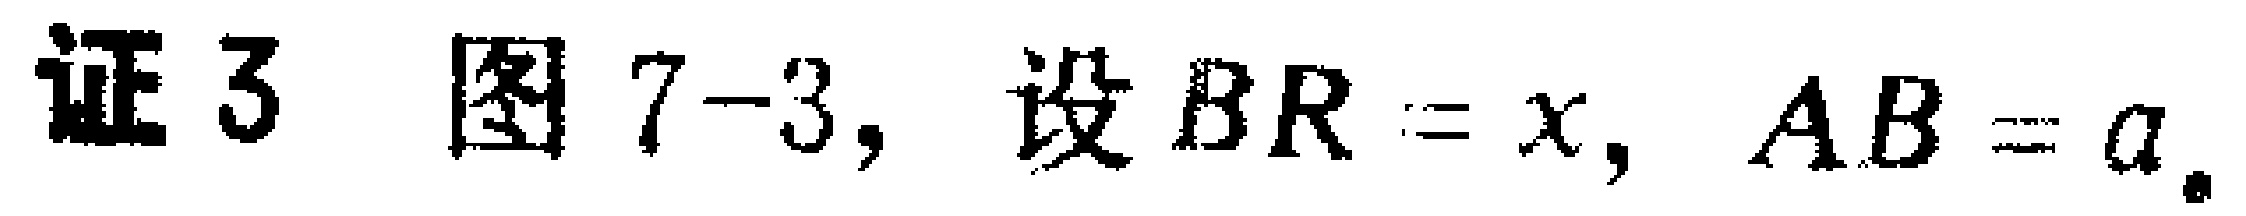
证3 图7-3，设\(BR = x\)，\(AB = a\)。